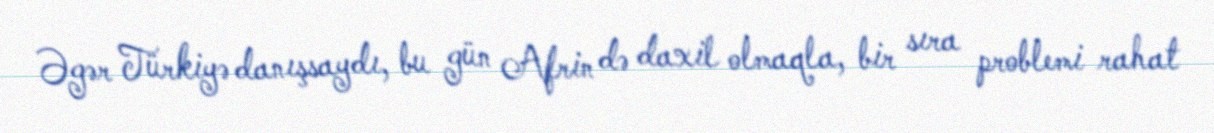
Əgər Türkiyə danışsaydı, bu gün Afrin də daxil olmaqla, bir sıra problemi rahat